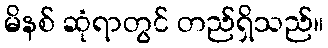
မိနစ် ဆုံရာတွင် တည်ရှိသည်။